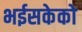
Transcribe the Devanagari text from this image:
भईसकेको